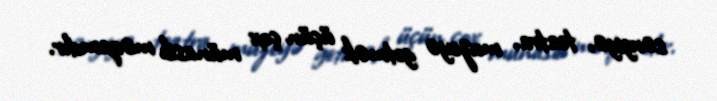
sərgiyə, teatra, muzeyə getmək üçün çox münasib məqamdır.